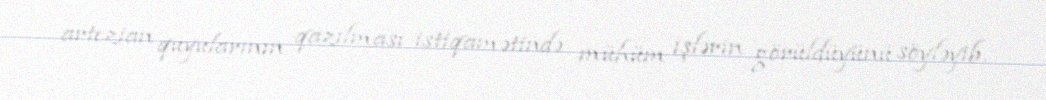
artezian quyularının qazılması istiqamətində mühüm işlərin görüldüyünü söyləyib.